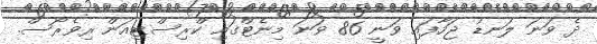
ދެ ވަނަ ލަނޑު ޖަހާފައި ވަނީ 86 ވަނަ މިނެޓްގައި ކްރިސްޓިއަން ރިވެރޯސް.